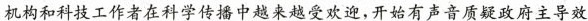
机构和科技工作者在科学传播中越来越受欢迎，开始有声音质疑政府主导效